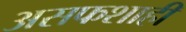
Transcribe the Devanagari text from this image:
असफशाही